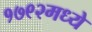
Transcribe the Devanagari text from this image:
१७९२मध्ये